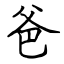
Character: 爸